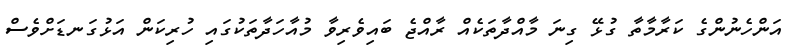
އަންހެނުންގެ ކަރާމާތާ ގުޅޭ ގިނަ މާއްދާތަކެއް ރާއްޖެ ބައިވެރިވާ މުއާހަދާތަކުގައި ހުރިކަން އަޅުގަނޑަށްވެސް